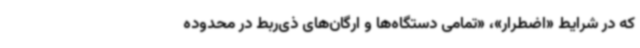
که در شرایط «اضطرار»، «تمامی دستگاه‌ها و ارگان‌های ذی‌ربط در محدوده